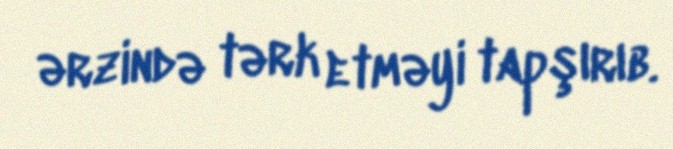
ərzində tərk etməyi tapşırıb.